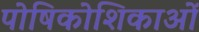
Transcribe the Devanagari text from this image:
पोषिकोशिकाओं